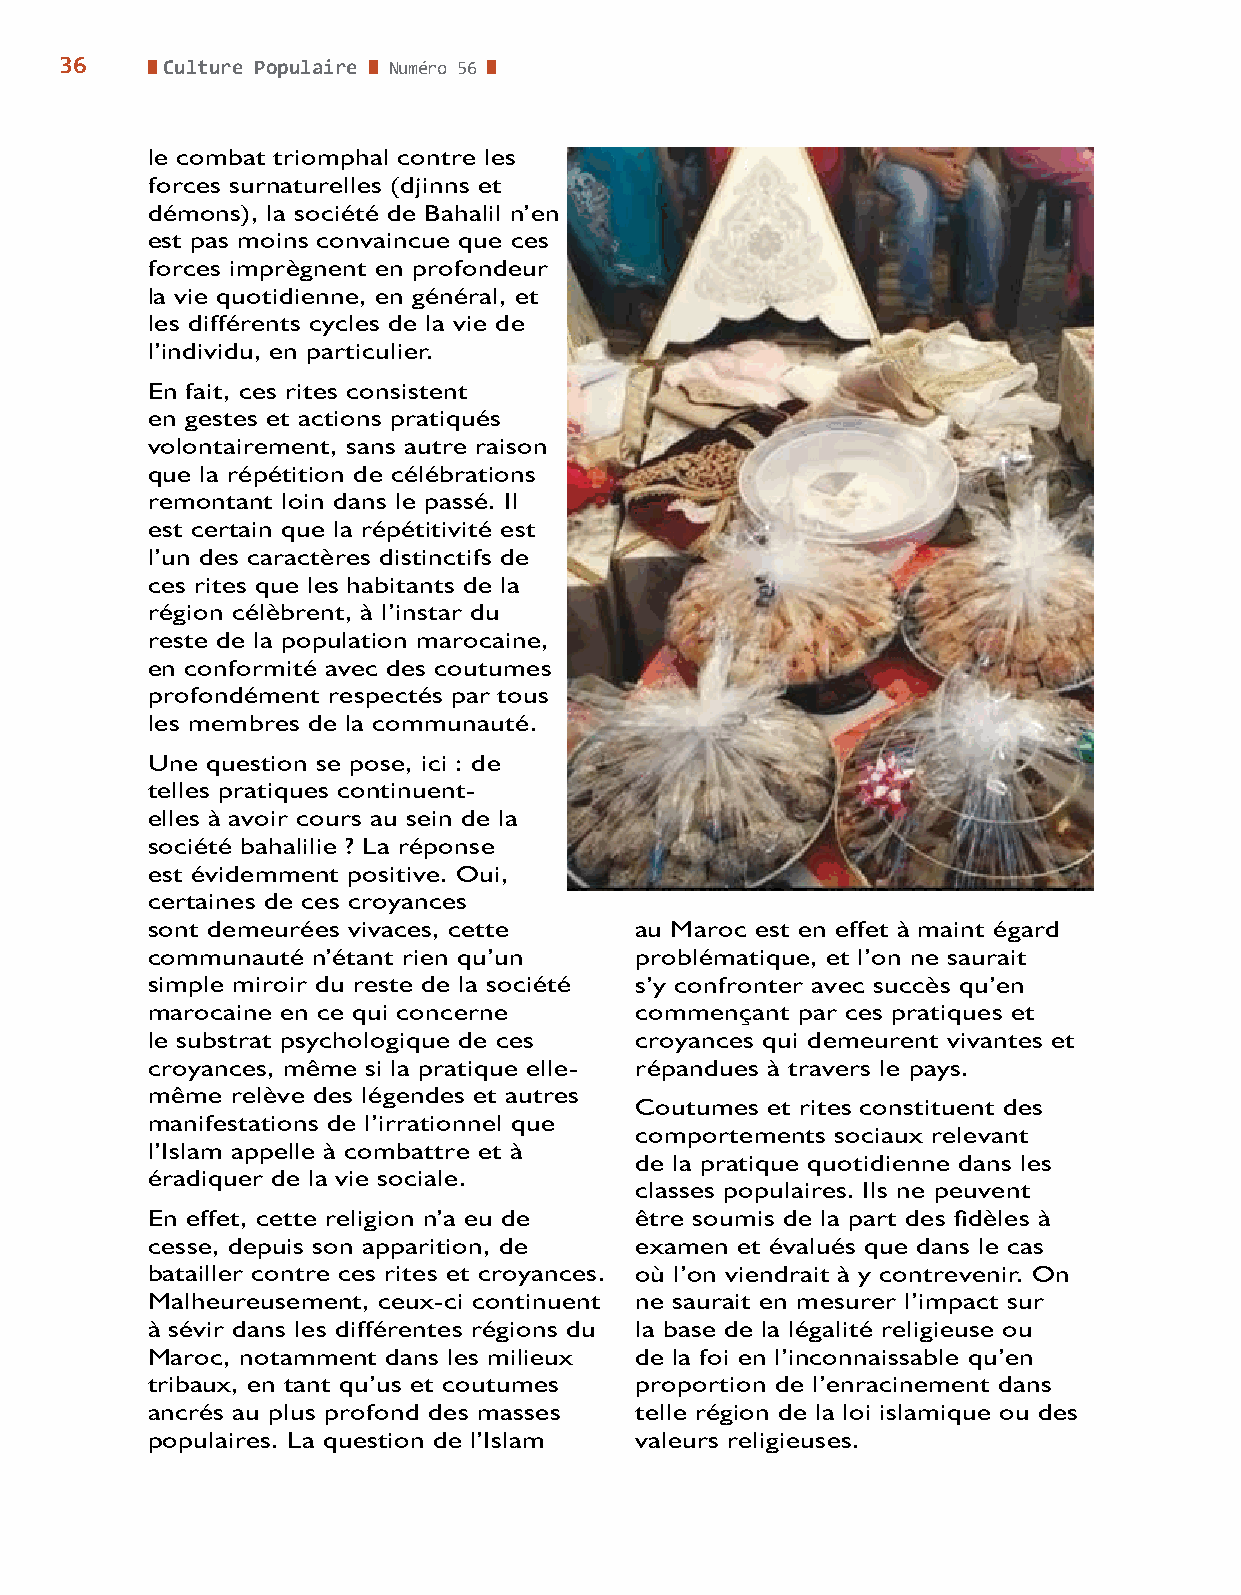
36     Culture Populaire Numéro 56
 le combat triomphal contre les
 forces surnaturelles (djinns et
 démons), la société de Bahalil n’en
 est pas moins convaincue que ces
 forces imprègnent en profondeur
 la vie quotidienne, en général, et
 les différents cycles de la vie de
 l’individu, en particulier.
 En fait, ces rites consistent
 en gestes et actions pratiqués
 volontairement, sans autre raison
 que la répétition de célébrations
 remontant loin dans le passé. Il
 est certain que la répétitivité est
 l’un des caractères distinctifs de
 ces rites que les habitants de la
 région célèbrent, à l’instar du
 reste de la population marocaine,
 en conformité avec des coutumes
 profondément respectés par tous
 les membres de la communauté.
 Une question se pose, ici : de
 telles pratiques continuent-
 elles à avoir cours au sein de la
 société bahalilie ? La réponse
 est évidemment positive. Oui,
 certaines de ces croyances
 sont demeurées vivaces, cette   au Maroc est en effet à maint égard
 communauté n’étant rien qu’un   problématique, et l’on ne saurait
 simple miroir du reste de la société s’y confronter avec succès qu’en
 marocaine en ce qui concerne    commençant par ces pratiques et
 le substrat psychologique de ces croyances qui demeurent vivantes et
 croyances, même si la pratique elle- répandues à travers le pays.
 même relève des légendes et autres
 Coutumes et rites constituent des
 manifestations de l’irrationnel que
 comportements sociaux relevant
 l’Islam appelle à combattre et à
 de la pratique quotidienne dans les
 éradiquer de la vie sociale.
 classes populaires. Ils ne peuvent
 En effet, cette religion n’a eu de être soumis de la part des fidèles à
 cesse, depuis son apparition, de examen et évalués que dans le cas
 batailler contre ces rites et croyances. où l’on viendrait à y contrevenir. On
 Malheureusement, ceux-ci continuent ne saurait en mesurer l’impact sur
 à sévir dans les différentes régions du la base de la légalité religieuse ou
 Maroc, notamment dans les milieux de la foi en l’inconnaissable qu’en
 tribaux, en tant qu’us et coutumes proportion de l’enracinement dans
 ancrés au plus profond des masses telle région de la loi islamique ou des
 populaires. La question de l’Islam valeurs religieuses.